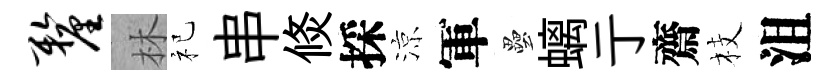
厘林祀串倐採涼軍壘螭亍齋枝沮